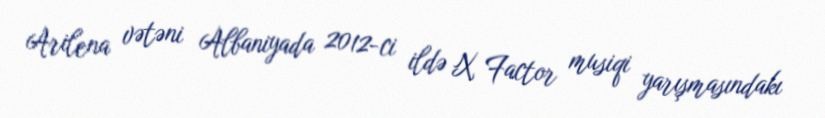
Arilena vətəni Albaniyada 2012-ci ildə X Factor musiqi yarışmasındakı